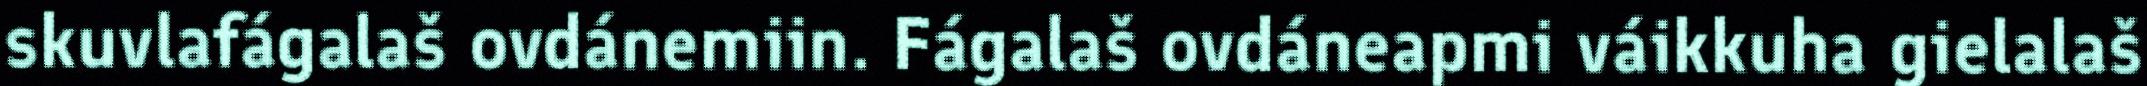
skuvlafágalaš ovdánemiin. Fágalaš ovdáneapmi váikkuha gielalaš